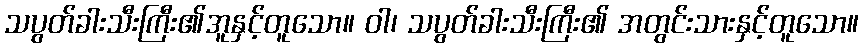
သပွတ်ခါးသီးကြီး၏အူနှင့်တူသော။ ဝါ၊ သပွတ်ခါးသီးကြီး၏ အတွင်းသားနှင့်တူသော။